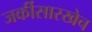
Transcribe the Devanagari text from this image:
जर्कीसारखेच